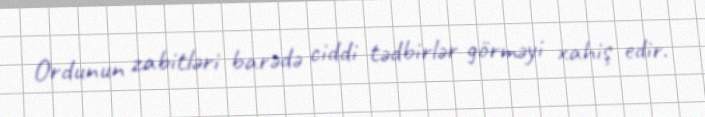
Ordunun zabitləri barədə ciddi tədbirlər görməyi xahiş edir.